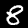
Digit: 8